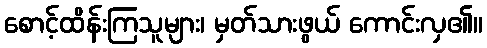
စောင့်ထိန်းကြသူများ၊ မှတ်သားဖွယ် ကောင်းလှ၏။